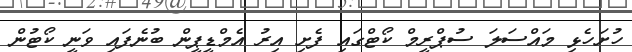
ހުށަހެޅި މައްސަލަ ސުޕްރީމް ކޯޓްގައި ފެށި އިރު އެމްޑީޕީން ބުނެފައި ވަނީ ކޯޓުން